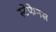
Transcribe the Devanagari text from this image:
स्टेफेनस